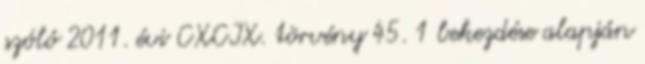
szóló 2011. évi CXCIX. törvény 45. 1 bekezdése alapján